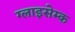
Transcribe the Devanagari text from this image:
ग्लाइसेम्क